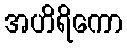
အဟိရိကော